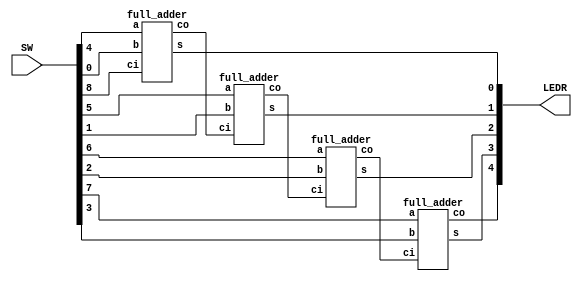
module rc_adder (SW, LEDR);
  input [8:0] SW;
  output [4:0] LEDR;

  wire _0to1, _1to2, _2to3;

    full_adder u0(
                .ci(SW[8]),
                .a(SW[4]),
                .b(SW[0]),
                .s(LEDR[0]),
                .co(_0to1)
                );

    full_adder u1(.ci(_0to1),
                .a(SW[5]),
                .b(SW[1]),
                .s(LEDR[1]),
                .co(_1to2));

    full_adder u2(.ci(_1to2),
                .a(SW[6]),
                .b(SW[2]),
                .s(LEDR[2]),
                .co(_2to3));

    full_adder u3(.ci(_2to3),
                .a(SW[7]),
                .b(SW[3]),
                .s(LEDR[3]),
                .co(LEDR[4]));


endmodule // rc_adder



module full_adder (ci, a, b, s, co);
  input ci;
  input a, b;
  output s;
  output co;

  assign s = a ^ b ^ ci;
  assign co = (a & b) | ((a ^ b) & ci);

endmodule // full_adder